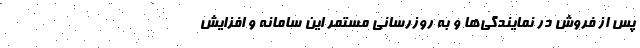
پس از فروش در نمایندگی‌ها و به روزرسانی مستمر این سامانه و افزایش